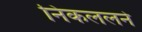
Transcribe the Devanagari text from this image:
निकललने